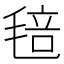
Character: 毰